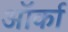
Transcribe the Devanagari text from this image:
ऑर्का